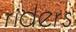
riders